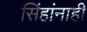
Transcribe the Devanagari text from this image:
सिंहांनाही